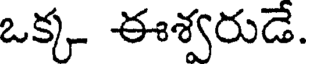
ఒక్క ఈశ్వరుడే.